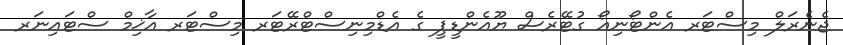
ޖެނެރަލް މިސްޓަރ އެންޓޯނިއޯ ގުޓޭރެސް ޔޫއެންޑީޕީ ގެ އެޑްމިނިސްޓްރޭޓަރ މިސްޓަރ އާޚިމް ސްޓައިނަރ